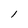
Character: 1